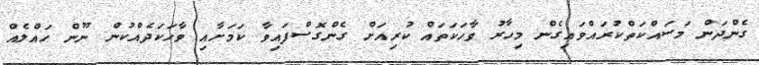
ގެންދަން މަސައްކަތްކުރައްވައިގެން މިހާރު ވާހަކަތައް ކުރިއަށް ގެންގޮސްފައިވާ ކަމަށާއި ވާހަކަދެއްކުން ނޫން ހައްލެއް